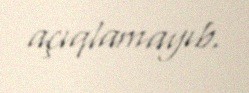
açıqlamayıb.